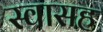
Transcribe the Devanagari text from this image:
स्‍वासह